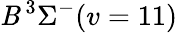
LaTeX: \mathit{B}\, {}^{3}\Sigma^{-}(v=11)